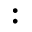
: